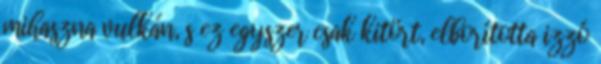
mihaszna vulkán, s ez egyszer csak kitört, elborította izzó